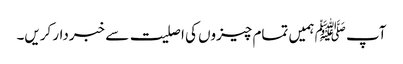
آپ ﷺ ہمیں تمام چیزوں کی اصلیت سے خبردار کریں۔